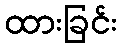
ထားခြင်း